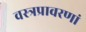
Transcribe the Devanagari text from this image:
वस्त्रप्रावरणां